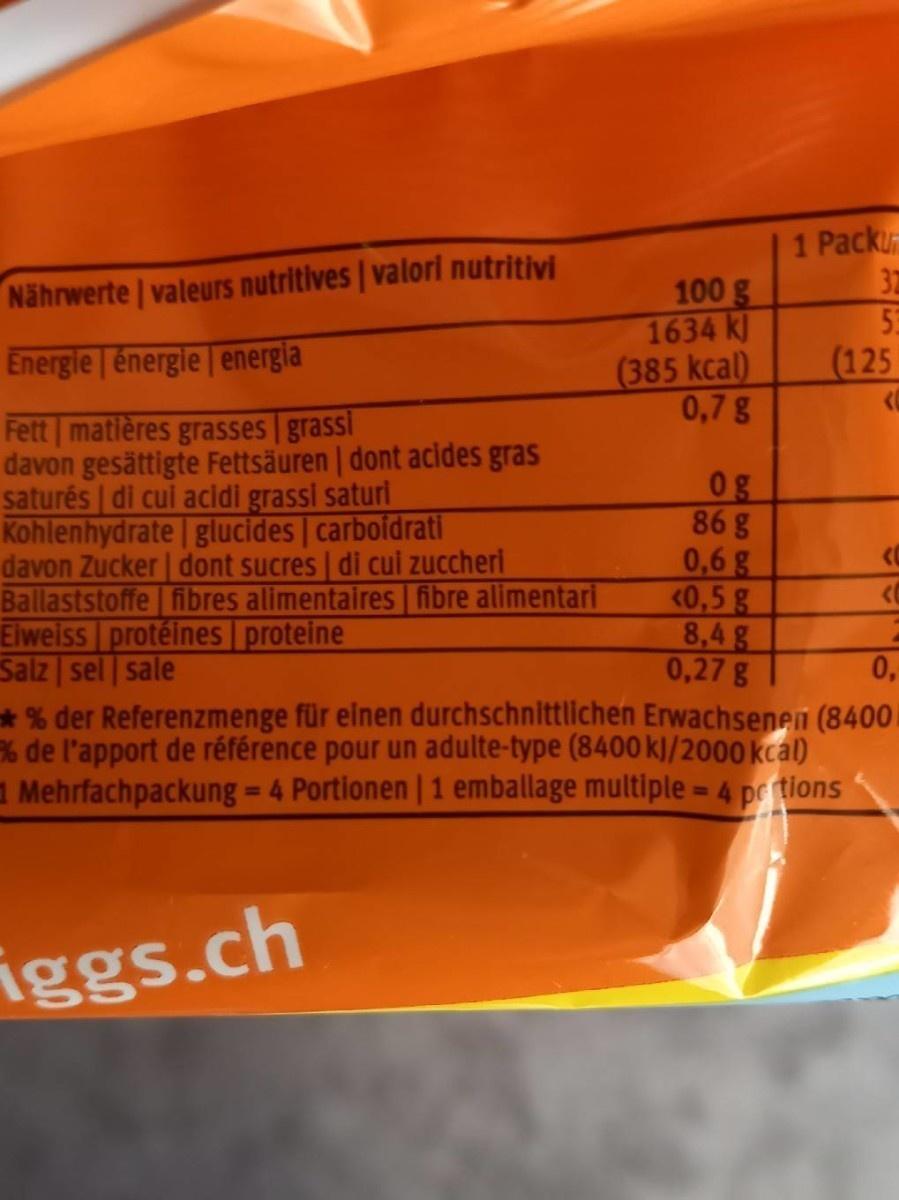
1 Packu 32
100 g 1634 kl (385 kcal) 0,7g
Nährwerte valeurs nutritives | valoril nutritivi
Energie énergle energla
(125
Fett matières grasses | grassi davon gesättigte Fettsäuren | dont acides gras saturés | di cui acidi grassi saturi Kohlenhydrate glucides | carboidrati davon Zucker dont sucres | di cui zuccheri Ballaststoffe fibres alimentaires fibre alimentari Elweiss protéines proteine Salz | sel sale % der Referenzmenge für einen durchschnittlichen Erwachsenen (8400 % de l'apport de référence pour un adulte-type (8400 k]/2000 kcal) 1 Mehrfachpackung = 4 Portionen | 1 emballage multiple = 4 pe tions
0g 86 g 0,6 g <0,5 g 8,4g 0,27 g
0,
%3D
iggs.ch